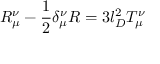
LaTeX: R _ { \mu } ^ { \nu } - \frac { 1 } { 2 } \delta _ { \mu } ^ { \nu } R = 3 l _ { D } ^ { 2 } T _ { \mu } ^ { \nu }